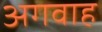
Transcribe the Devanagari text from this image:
अगवाह